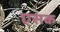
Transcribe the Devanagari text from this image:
एसक